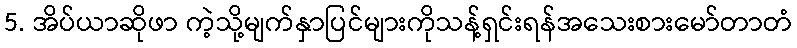
5. အိပ်ယာဆိုဖာ ကဲ့သို့မျက်နှာပြင်များကိုသန့်ရှင်းရန်အသေးစားမော်တာတံ